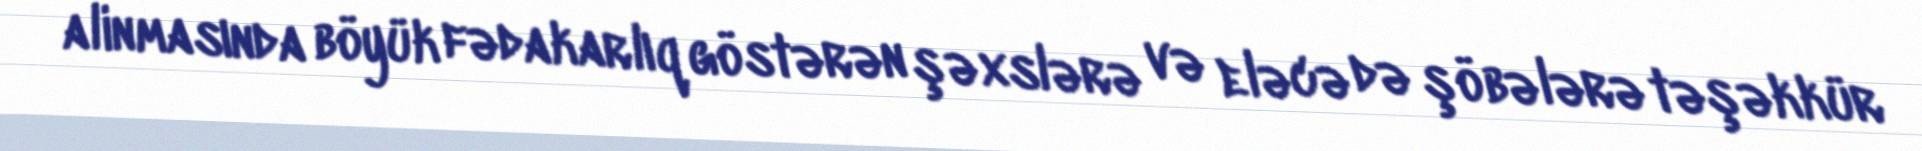
alinmasında böyük fədakarlıq göstərən şəxslərə və eləcə də şöbələrə təşəkkür